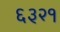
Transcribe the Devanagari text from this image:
६३२१